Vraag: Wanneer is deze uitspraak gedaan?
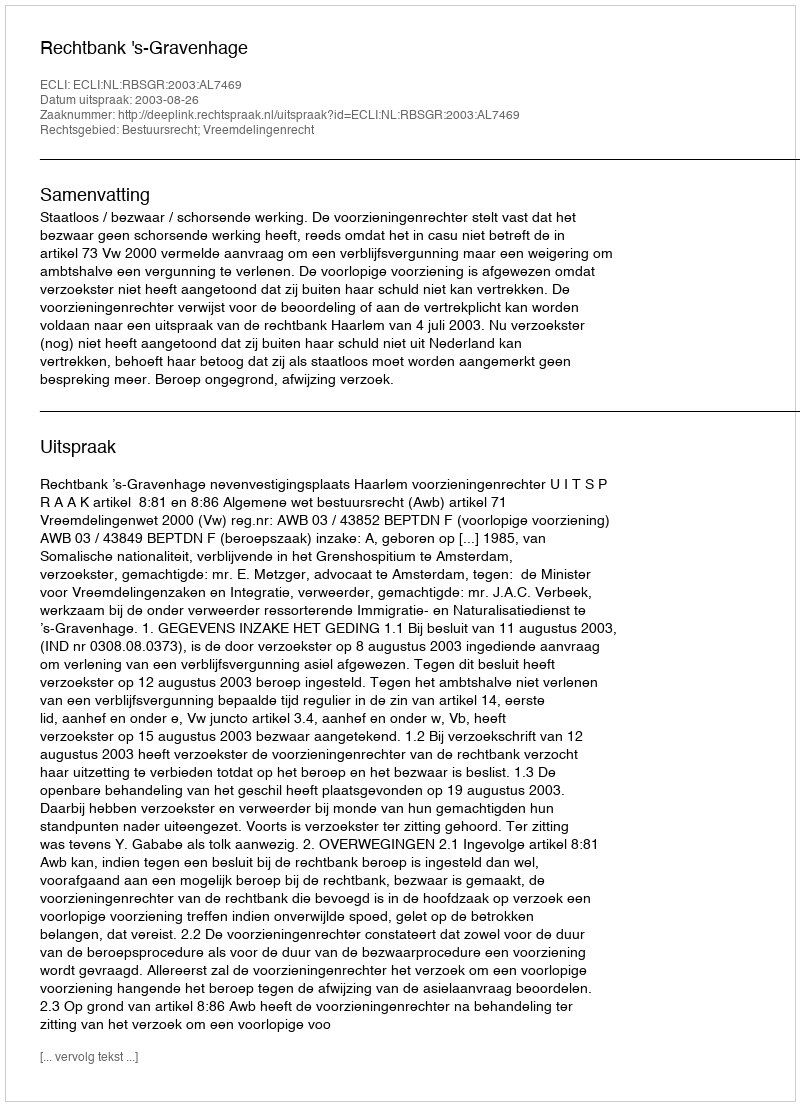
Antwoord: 2003-08-26